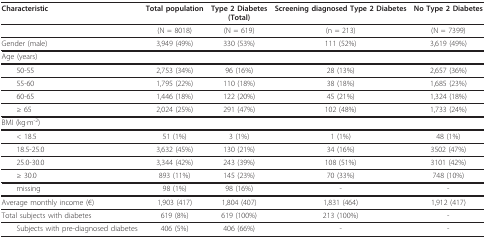
<table><thead><tr><td><b>Characteristic</b></td><td><b>Total population</b></td><td><b>Type 2 Diabetes(Total)</b></td><td><b>Screening diagnosed Type 2 Diabetes</b></td><td><b>No Type 2 Diabetes</b></td></tr></thead><tbody><tr><td></td><td>(N = 8018)</td><td>(N = 619)</td><td>(n = 213)</td><td>(N = 7399)</td></tr><tr><td>Gender (male)</td><td>3,949 (49%)</td><td>330 (53%)</td><td>111 (52%)</td><td>3,619 (49%)</td></tr><tr><td>Age (years)</td><td></td><td></td><td></td><td></td></tr><tr><td> 50-55</td><td>2,753 (34%)</td><td>96 (16%)</td><td>28 (13%)</td><td>2,657 (36%)</td></tr><tr><td> 55-60</td><td>1,795 (22%)</td><td>110 (18%)</td><td>38 (18%)</td><td>1,685 (23%)</td></tr><tr><td> 60-65</td><td>1,446 (18%)</td><td>122 (20%)</td><td>45 (21%)</td><td>1,324 (18%)</td></tr><tr><td> ≥ 65</td><td>2,024 (25%)</td><td>291 (47%)</td><td>102 (48%)</td><td>1,733 (24%)</td></tr><tr><td>BMI (kg·m<sup>-2</sup>)</td><td></td><td></td><td></td><td></td></tr><tr><td> &lt; 18.5</td><td>51 (1%)</td><td>3 (1%)</td><td>1 (1%)</td><td>48 (1%)</td></tr><tr><td> 18.5-25.0</td><td>3,632 (45%)</td><td>130 (21%)</td><td>34 (16%)</td><td>3502 (47%)</td></tr><tr><td> 25.0-30.0</td><td>3,344 (42%)</td><td>243 (39%)</td><td>108 (51%)</td><td>3101 (42%)</td></tr><tr><td> ≥ 30.0</td><td>893 (11%)</td><td>145 (23%)</td><td>70 (33%)</td><td>748 (10%)</td></tr><tr><td> missing</td><td>98 (1%)</td><td>98 (16%)</td><td>-</td><td>-</td></tr><tr><td>Average monthly income (€)</td><td>1,903 (417)</td><td>1,804 (407)</td><td>1,831 (464)</td><td>1,912 (417)</td></tr><tr><td>Total subjects with diabetes</td><td>619 (8%)</td><td>619 (100%)</td><td>213 (100%)</td><td>-</td></tr><tr><td> Subjects with pre-diagnosed diabetes</td><td>406 (5%)</td><td>406 (66%)</td><td>-</td><td>-</td></tr></tbody></table>